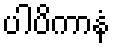
ပါပိကာနံ